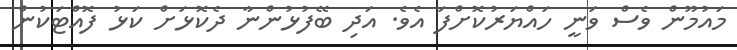
މައުމޫން ވެސް ވަނީ ހައްޔަރުކޮށްފަ އެވެ. އަދި ބޭފުޅުންނާ ދެކޮޅަށް ކަޅު ފޮއްޓަކުން